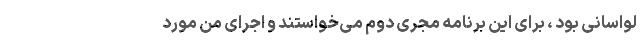
لواسانی بود ، برای این برنامه مجری دوم می‌خواستند و اجرای من مورد